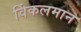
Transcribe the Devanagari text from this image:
विंकलमान